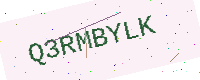
Text: Q3RMBYLK